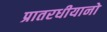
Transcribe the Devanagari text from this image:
प्रातरधीयानो